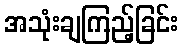
အသုံးချကြည့်ခြင်း